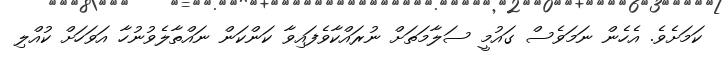
ކަމަށެވެ. އެހެން ނަމަވެސް ގައުމީ ސަލާމަތަށް ނުރައްކާވެފައިވާ ކަންކަން ނައްތާލެވުނުހާ އަވަހަށް ކުއްލި